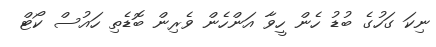
ނިކަ ގަހުގެ ބުޑު ހެން ހީވާ އަންހެން ވެރިން ބޮޑެތި ހައުސް ކޯޓް